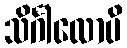
သိင်္ဂါလောပိ